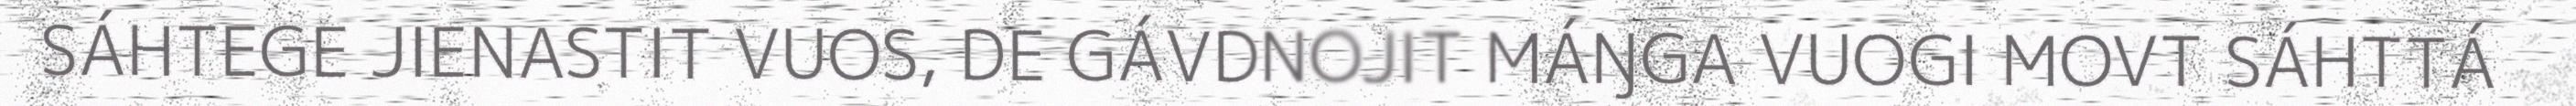
SÁHTEGE JIENASTIT VUOS, DE GÁVDNOJIT MÁŊGA VUOGI MOVT SÁHTTÁ